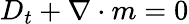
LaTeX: D_{t}+\nabla\cdot m=0